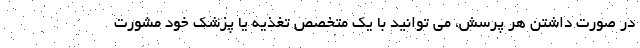
در صورت داشتن هر پرسش، می توانید با یک متخصص تغذیه یا پزشک خود مشورت